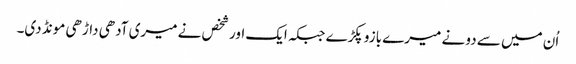
اُن میں سے دو نے میرے بازو پکڑے جبکہ ایک اور شخص نے میری آدھی داڑھی مونڈ دی۔